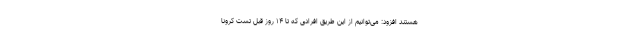
هستند افزود: می‌توانیم از این طریق افرادی که تا ۱۴ روز قبل تست کرونا